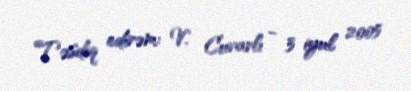
Təsdiq edirəm: V. Cuvarlı - 3 iyul 2005